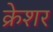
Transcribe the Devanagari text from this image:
क्रेशर